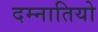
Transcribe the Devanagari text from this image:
दम्नातियो